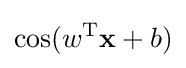
\cos(w^{\text{T}}\mathbf {x} +b)